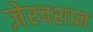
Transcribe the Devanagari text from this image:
ज़ेरवशान